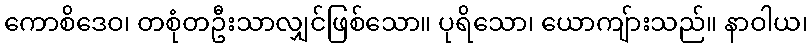
ကောစိဒေဝ၊ တစုံတဦးသာလျှင်ဖြစ်သော။ ပုရိသော၊ ယောကျ်ားသည်။ နာဝါယ၊